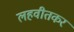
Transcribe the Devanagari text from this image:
लहवीतकर